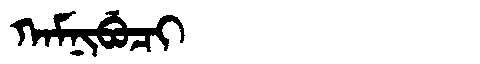
Manchu: ᡴᠠᠮᠨᡳᠪᡠᠴᡳ
Romanization: KAMNIBUCI